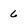
Character: 6